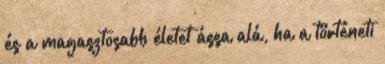
és a magasztosabb életet ássa alá, ha a történeti